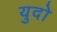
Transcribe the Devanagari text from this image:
युदो